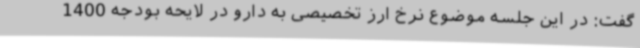
گفت: در این جلسه موضوع نرخ ارز تخصیصی به دارو در لایحه بودجه 1400